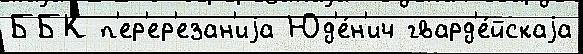
ББК п'ер'ер'езан'иjа Юд'е́н'ич гвард'е́йскаjа